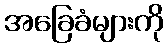
အခြေခံများကို